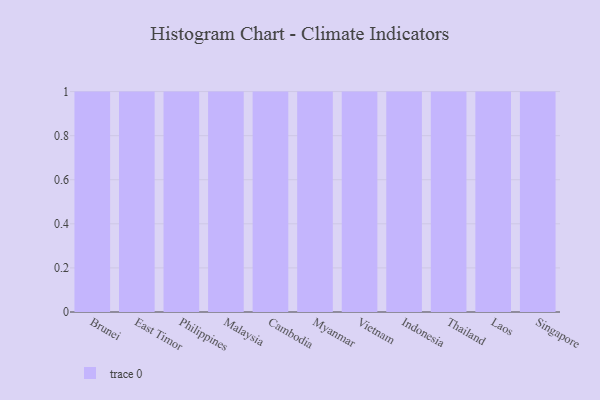
{"axis": {"x": "Country", "y": "Market Share (%)"}, "legend": [""], "data": [{"x": "Brunei", "y": 69, "type": ""}, {"x": "East Timor", "y": 26, "type": ""}, {"x": "Philippines", "y": 88, "type": ""}, {"x": "Malaysia", "y": 34, "type": ""}, {"x": "Cambodia", "y": 26, "type": ""}, {"x": "Myanmar", "y": 89, "type": ""}, {"x": "Vietnam", "y": 72, "type": ""}, {"x": "Indonesia", "y": 16, "type": ""}, {"x": "Thailand", "y": 95, "type": ""}, {"x": "Laos", "y": 53, "type": ""}, {"x": "Singapore", "y": 6, "type": ""}]}